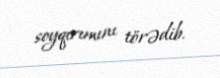
soyqırımını törədib.